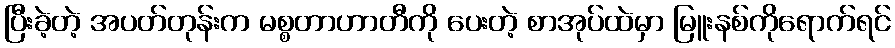
ပြီးခဲ့တဲ့ အပတ်တုန်းက မစ္စတာဟာတီကို ပေးတဲ့ စာအုပ်ထဲမှာ မြူးနစ်ကိုရောက်ရင်